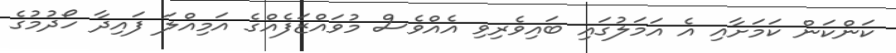
ކަންކަން ކަމަށާއި އެ އަމަލުގައި ބައިވެރިވި އެއްވެސް މުވައްޒަފެއްގެ އަމިއްލަ ފައިދާ ހޯދުމުގެ